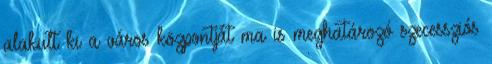
alakult ki a város központját ma is meghatározó szecessziós